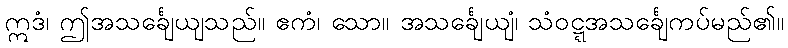
ဣဒံ၊ ဤအသင်္ချေယျသည်။ ဧကံ၊ သော။ အသင်္ချေယျံ၊ သံဝဋ္ဋအသင်္ချေကပ်မည်၏။